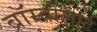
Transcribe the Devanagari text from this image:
बॉम्वोलार्ट